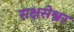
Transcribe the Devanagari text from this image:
राक्षसेश्वर